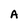
Character: A